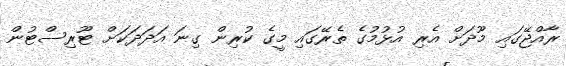
ރާއްޖޭގައި މޫދަށް އެރި އުޅުމުގެ ތެރޭގައި މީގެ ކުރިން ގިނަ އަދަދަކަށް ޓޫރިސްޓުން